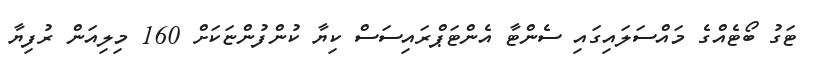
ޓަގު ބޯޓެއްގެ މައްސަލައިގައި ސެންޓާ އެންޓަޕްރައިސަސް ކިޔާ ކުންފުންޏަކަށް 160 މިލިއަން ރުފިޔާ